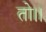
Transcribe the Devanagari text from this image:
तो।।